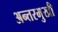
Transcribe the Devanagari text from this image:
अन्तरमुखी